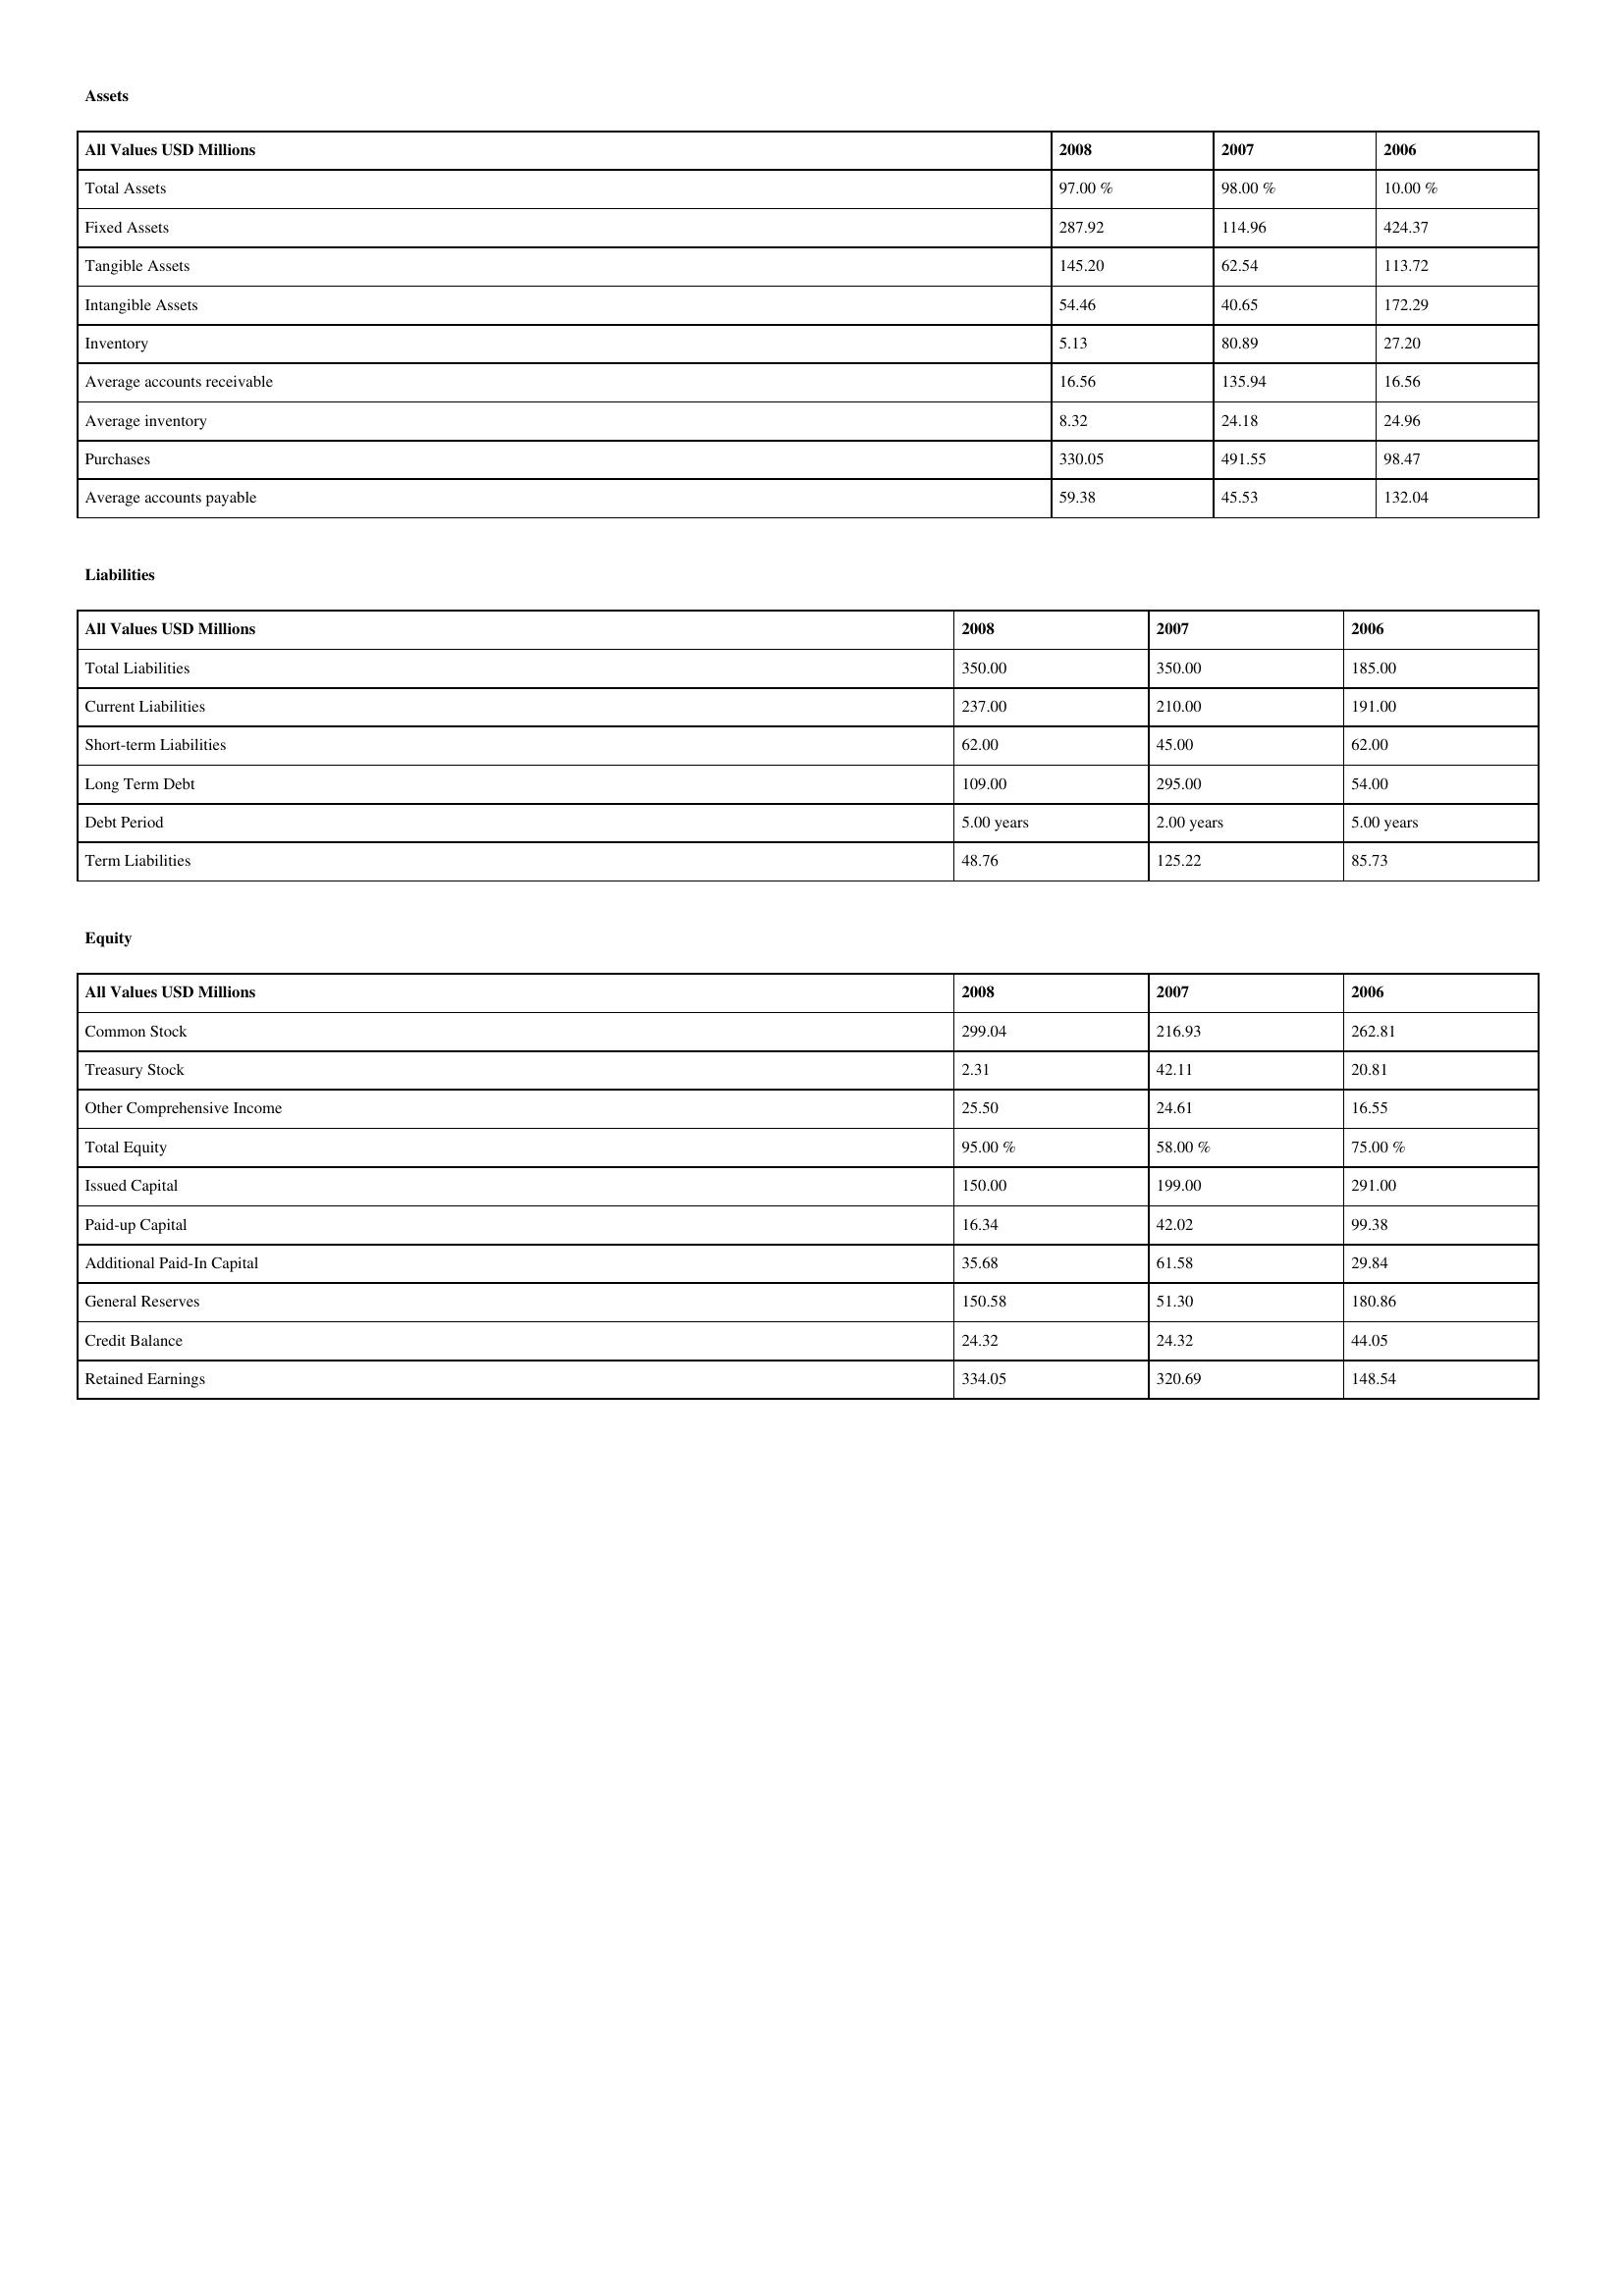
gt_parse: 2008: Assets: Total Assets: 97.00 %
Fixed Assets: 287.92
Tangible Assets: 145.20
Intangible Assets: 54.46
Inventory: 5.13
Average accounts receivable: 16.56
Average inventory: 8.32
Purchases: 330.05
Average accounts payable: 59.38
Liabilities: Total Liabilities: 350.00
Current Liabilities: 237.00
Short-term Liabilities: 62.00
Long Term Debt: 109.00
Debt Period: 5.00 years
Term Liabilities: 48.76
Equity: Common Stock: 299.04
Treasury Stock: 2.31
Other Comprehensive Income: 25.50
Total Equity: 95.00 %
Issued Capital: 150.00
Paid-up Capital: 16.34
Additional Paid-In Capital: 35.68
General Reserves: 150.58
Credit Balance: 24.32
Retained Earnings: 334.05
2007: Assets: Total Assets: 98.00 %
Fixed Assets: 114.96
Tangible Assets: 62.54
Intangible Assets: 40.65
Inventory: 80.89
Average accounts receivable: 135.94
Average inventory: 24.18
Purchases: 491.55
Average accounts payable: 45.53
Liabilities: Total Liabilities: 350.00
Current Liabilities: 210.00
Short-term Liabilities: 45.00
Long Term Debt: 295.00
Debt Period: 2.00 years
Term Liabilities: 125.22
Equity: Common Stock: 216.93
Treasury Stock: 42.11
Other Comprehensive Income: 24.61
Total Equity: 58.00 %
Issued Capital: 199.00
Paid-up Capital: 42.02
Additional Paid-In Capital: 61.58
General Reserves: 51.30
Credit Balance: 24.32
Retained Earnings: 320.69
2006: Assets: Total Assets: 10.00 %
Fixed Assets: 424.37
Tangible Assets: 113.72
Intangible Assets: 172.29
Inventory: 27.20
Average accounts receivable: 16.56
Average inventory: 24.96
Purchases: 98.47
Average accounts payable: 132.04
Liabilities: Total Liabilities: 185.00
Current Liabilities: 191.00
Short-term Liabilities: 62.00
Long Term Debt: 54.00
Debt Period: 5.00 years
Term Liabilities: 85.73
Equity: Common Stock: 262.81
Treasury Stock: 20.81
Other Comprehensive Income: 16.55
Total Equity: 75.00 %
Issued Capital: 291.00
Paid-up Capital: 99.38
Additional Paid-In Capital: 29.84
General Reserves: 180.86
Credit Balance: 44.05
Retained Earnings: 148.54